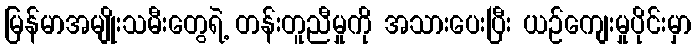
မြန်မာအမျိုးသမီးတွေရဲ့ တန်းတူညီမှုကို အသားပေးပြီး ယဉ်ကျေးမှုပိုင်းမှာ